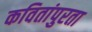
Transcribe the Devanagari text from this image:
कवितांपुरता